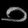
Digit: ၁